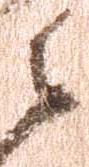
御